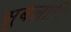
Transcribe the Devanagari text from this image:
सुबलारि